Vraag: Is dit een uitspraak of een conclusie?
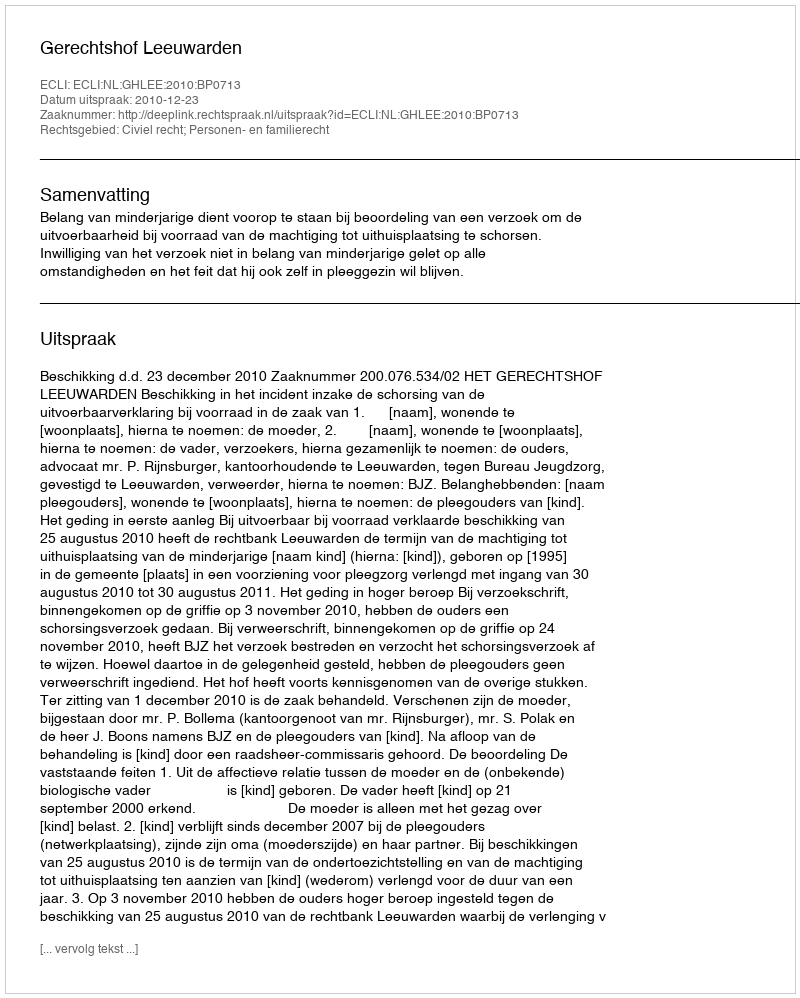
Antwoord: Uitspraak